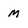
Character: M